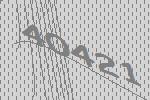
40421